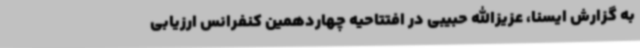
به گزارش ایسنا، عزیزالله حبیبی در افتتاحیه چهاردهمین کنفرانس ارزیابی